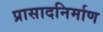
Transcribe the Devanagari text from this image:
प्रासादनिर्माण